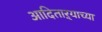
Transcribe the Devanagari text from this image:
आदिताऱ्याच्या